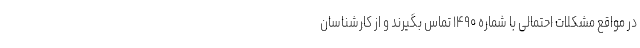
در مواقع مشکلات احتمالی با شماره ۱۴۹۰ تماس بگیرند و از کارشناسان